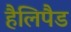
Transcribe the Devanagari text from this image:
हैलिपैड